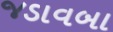
જડાવબા